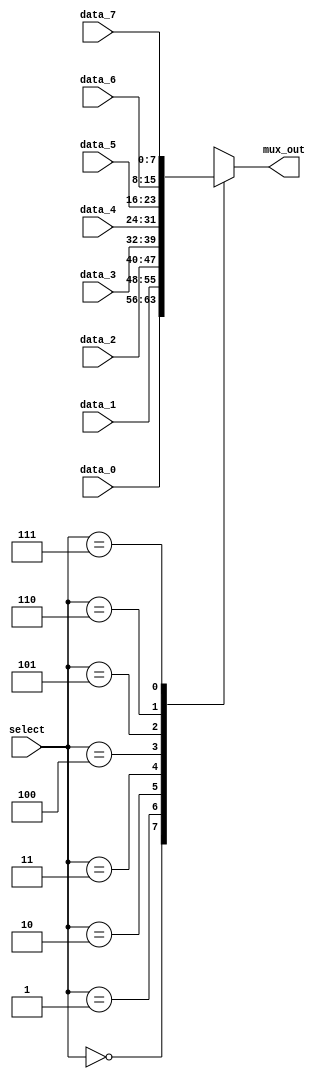
module mux8( mux_out, data_0, data_1, data_2, data_3, data_4, data_5, data_6, data_7, select);

	parameter dw = 8;
		
	input [dw-1:0] data_0, data_1, data_2, data_3, data_4, data_5, data_6, data_7;
	input [2:0] select;
	output reg [dw-1:0] mux_out;
	
	 // choose between the two inputs
	always @ ( data_0 or data_1 or data_2 or data_3 or data_4 or data_5 or data_6 or data_7 or select)
	case (select)//  (* synthesis parallel_case *)
		3'd0:		mux_out = data_0;
		3'd1:		mux_out = data_1;
		3'd2:		mux_out = data_2;
		3'd3:		mux_out = data_3;
		3'd4:		mux_out = data_4;
		3'd5:		mux_out = data_5;
		3'd6:		mux_out = data_6;
		3'd7:		mux_out = data_7;
		default:	mux_out = {dw{1'bx}};
    endcase
endmodule